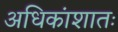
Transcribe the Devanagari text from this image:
अधिकांशातः